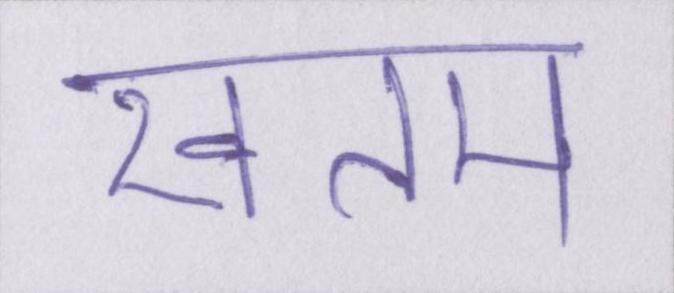
खतम